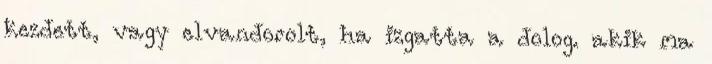
kezdett, vagy elvandorolt, ha izgatta a dolog. akik ma